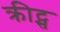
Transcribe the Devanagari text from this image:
क्रीट्स